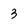
Character: 3